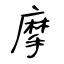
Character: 摩